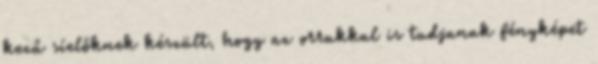
kezű síelőknek készült, hogy az orrukkal is tudjanak fényképet